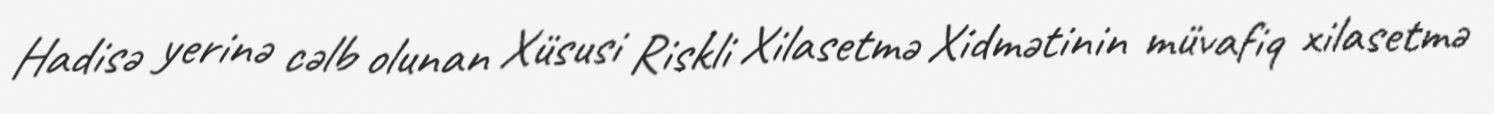
Hadisə yerinə cəlb olunan Xüsusi Riskli Xilasetmə Xidmətinin müvafiq xilasetmə